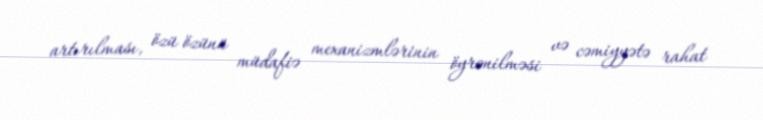
artırılması, özü özünü müdafiə mexanizmlərinin öyrənilməsi və cəmiyyətə rahat